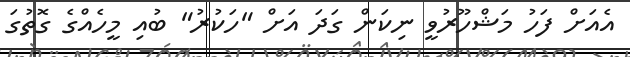
އެއަށް ފަހު މަޝްހޫރުވީ ނިކަން ގަދަ އަށް "ހަކުރު" ބުއި މީހެއްގެ ގޮތުގަ